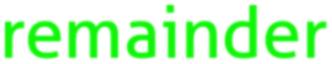
remainder